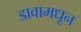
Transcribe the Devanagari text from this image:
डावामधून